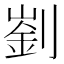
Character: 𠟁